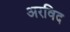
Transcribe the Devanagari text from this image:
अरविद